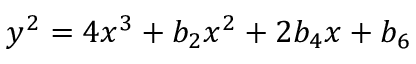
y ^ { 2 } = 4 x ^ { 3 } + b _ { 2 } x ^ { 2 } + 2 b _ { 4 } x + b _ { 6 }